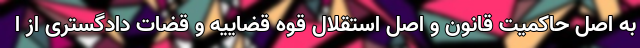
به اصل حاکمیت قانون و اصل استقلال قوه قضاییه و قضات دادگستری از ا